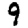
Digit: 9